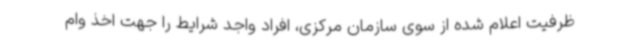
ظرفیت اعلام شده از سوی سازمان مرکزی، افراد واجد شرایط را جهت اخذ وام